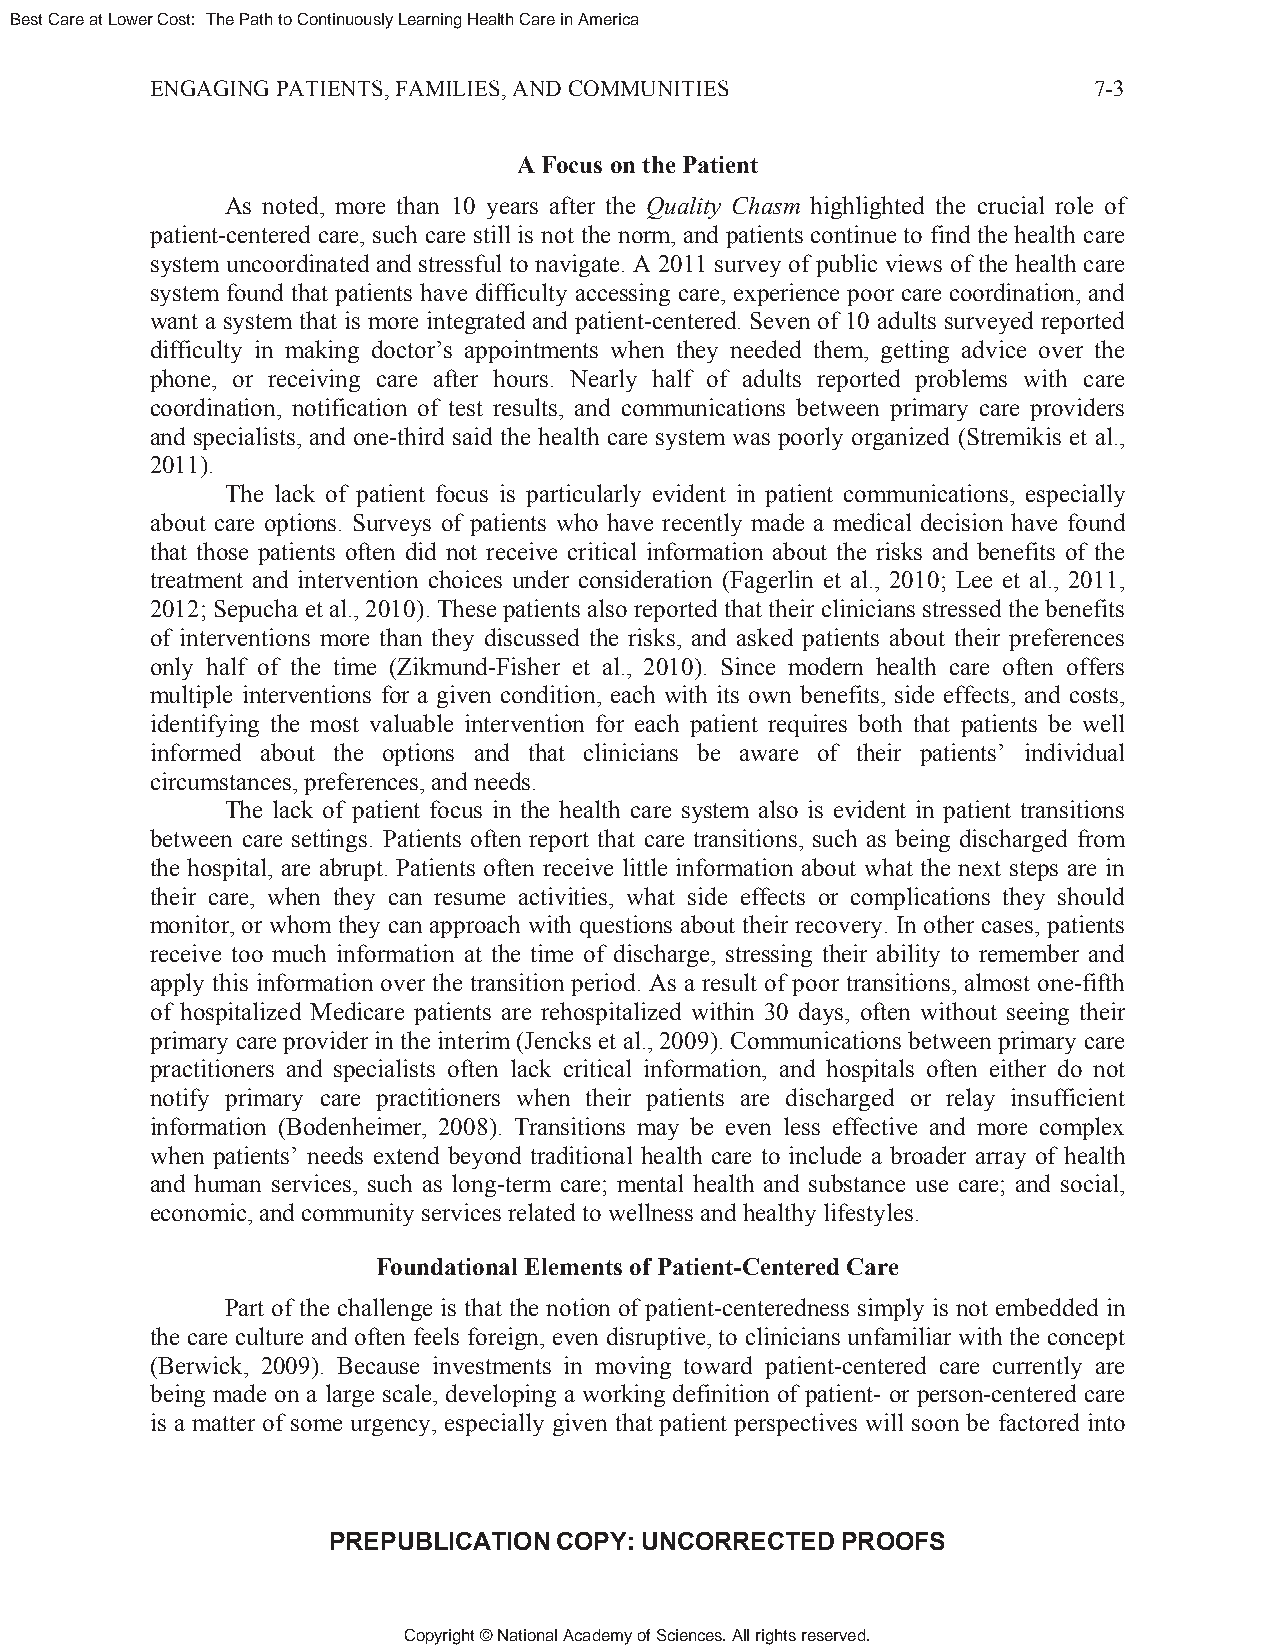
Best Care at Lower Cost: The Path to Continuously Learning Health Care in America
 ENGAGING PATIENTS, FAMILIES, AND COMMUNITIES                  7-3
 A Focus on the Patient
 As noted, more than 10 years after the Quality Chasm highlighted the crucial role of
 patient-centered care, such care still is not the norm, and patients continue to find the health care
 system uncoordinated and stressful to navigate. A 2011 survey of public views of the health care
 system found that patients have difficulty accessing care, experience poor care coordination, and
 want a system that is more integrated and patient-centered. Seven of 10 adults surveyed reported
 difficulty in making doctor’s appointments when they needed them, getting advice over the
 phone, or receiving care after hours. Nearly half of adults reported problems with care
 coordination, notification of test results, and communications between primary care providers
 and specialists, and one-third said the health care system was poorly organized (Stremikis et al.,
 2011).
 The lack of patient focus is particularly evident in patient communications, especially
 about care options. Surveys of patients who have recently made a medical decision have found
 that those patients often did not receive critical information about the risks and benefits of the
 treatment and intervention choices under consideration (Fagerlin et al., 2010; Lee et al., 2011,
 2012; Sepucha et al., 2010). These patients also reported that their clinicians stressed the benefits
 of interventions more than they discussed the risks, and asked patients about their preferences
 only half of the time (Zikmund-Fisher et al., 2010). Since modern health care often offers
 multiple interventions for a given condition, each with its own benefits, side effects, and costs,
 identifying the most valuable intervention for each patient requires both that patients be well
 informed about the options and that clinicians be aware of their patients’ individual
 circumstances, preferences, and needs.
 The lack of patient focus in the health care system also is evident in patient transitions
 between care settings. Patients often report that care transitions, such as being discharged from
 the hospital, are abrupt. Patients often receive little information about what the next steps are in
 their care, when they can resume activities, what side effects or complications they should
 monitor, or whom they can approach with questions about their recovery. In other cases, patients
 receive too much information at the time of discharge, stressing their ability to remember and
 apply this information over the transition period. As a result of poor transitions, almost one-fifth
 of hospitalized Medicare patients are rehospitalized within 30 days, often without seeing their
 primary care provider in the interim (Jencks et al., 2009). Communications between primary care
 practitioners and specialists often lack critical information, and hospitals often either do not
 notify primary care practitioners when their patients are discharged or relay insufficient
 information (Bodenheimer, 2008). Transitions may be even less effective and more complex
 when patients’ needs extend beyond traditional health care to include a broader array of health
 and human services, such as long-term care; mental health and substance use care; and social,
 economic, and community services related to wellness and healthy lifestyles.
 Foundational Elements of Patient-Centered Care
 Part of the challenge is that the notion of patient-centeredness simply is not embedded in
 the care culture and often feels foreign, even disruptive, to clinicians unfamiliar with the concept
 (Berwick, 2009). Because investments in moving toward patient-centered care currently are
 being made on a large scale, developing a working definition of patient- or person-centered care
 is a matter of some urgency, especially given that patient perspectives will soon be factored into
 PREPUBLICATION COPY: UNCORRECTED  PROOFS
 Copyright © National Academy of Sciences. All rights reserved.